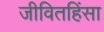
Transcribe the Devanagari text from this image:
जीवितहिंसा